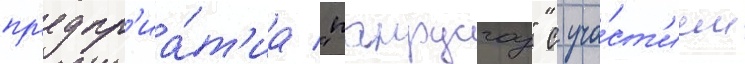
пр'едпр'иа́т'иа "панрусгаз" с уча́ст'ием